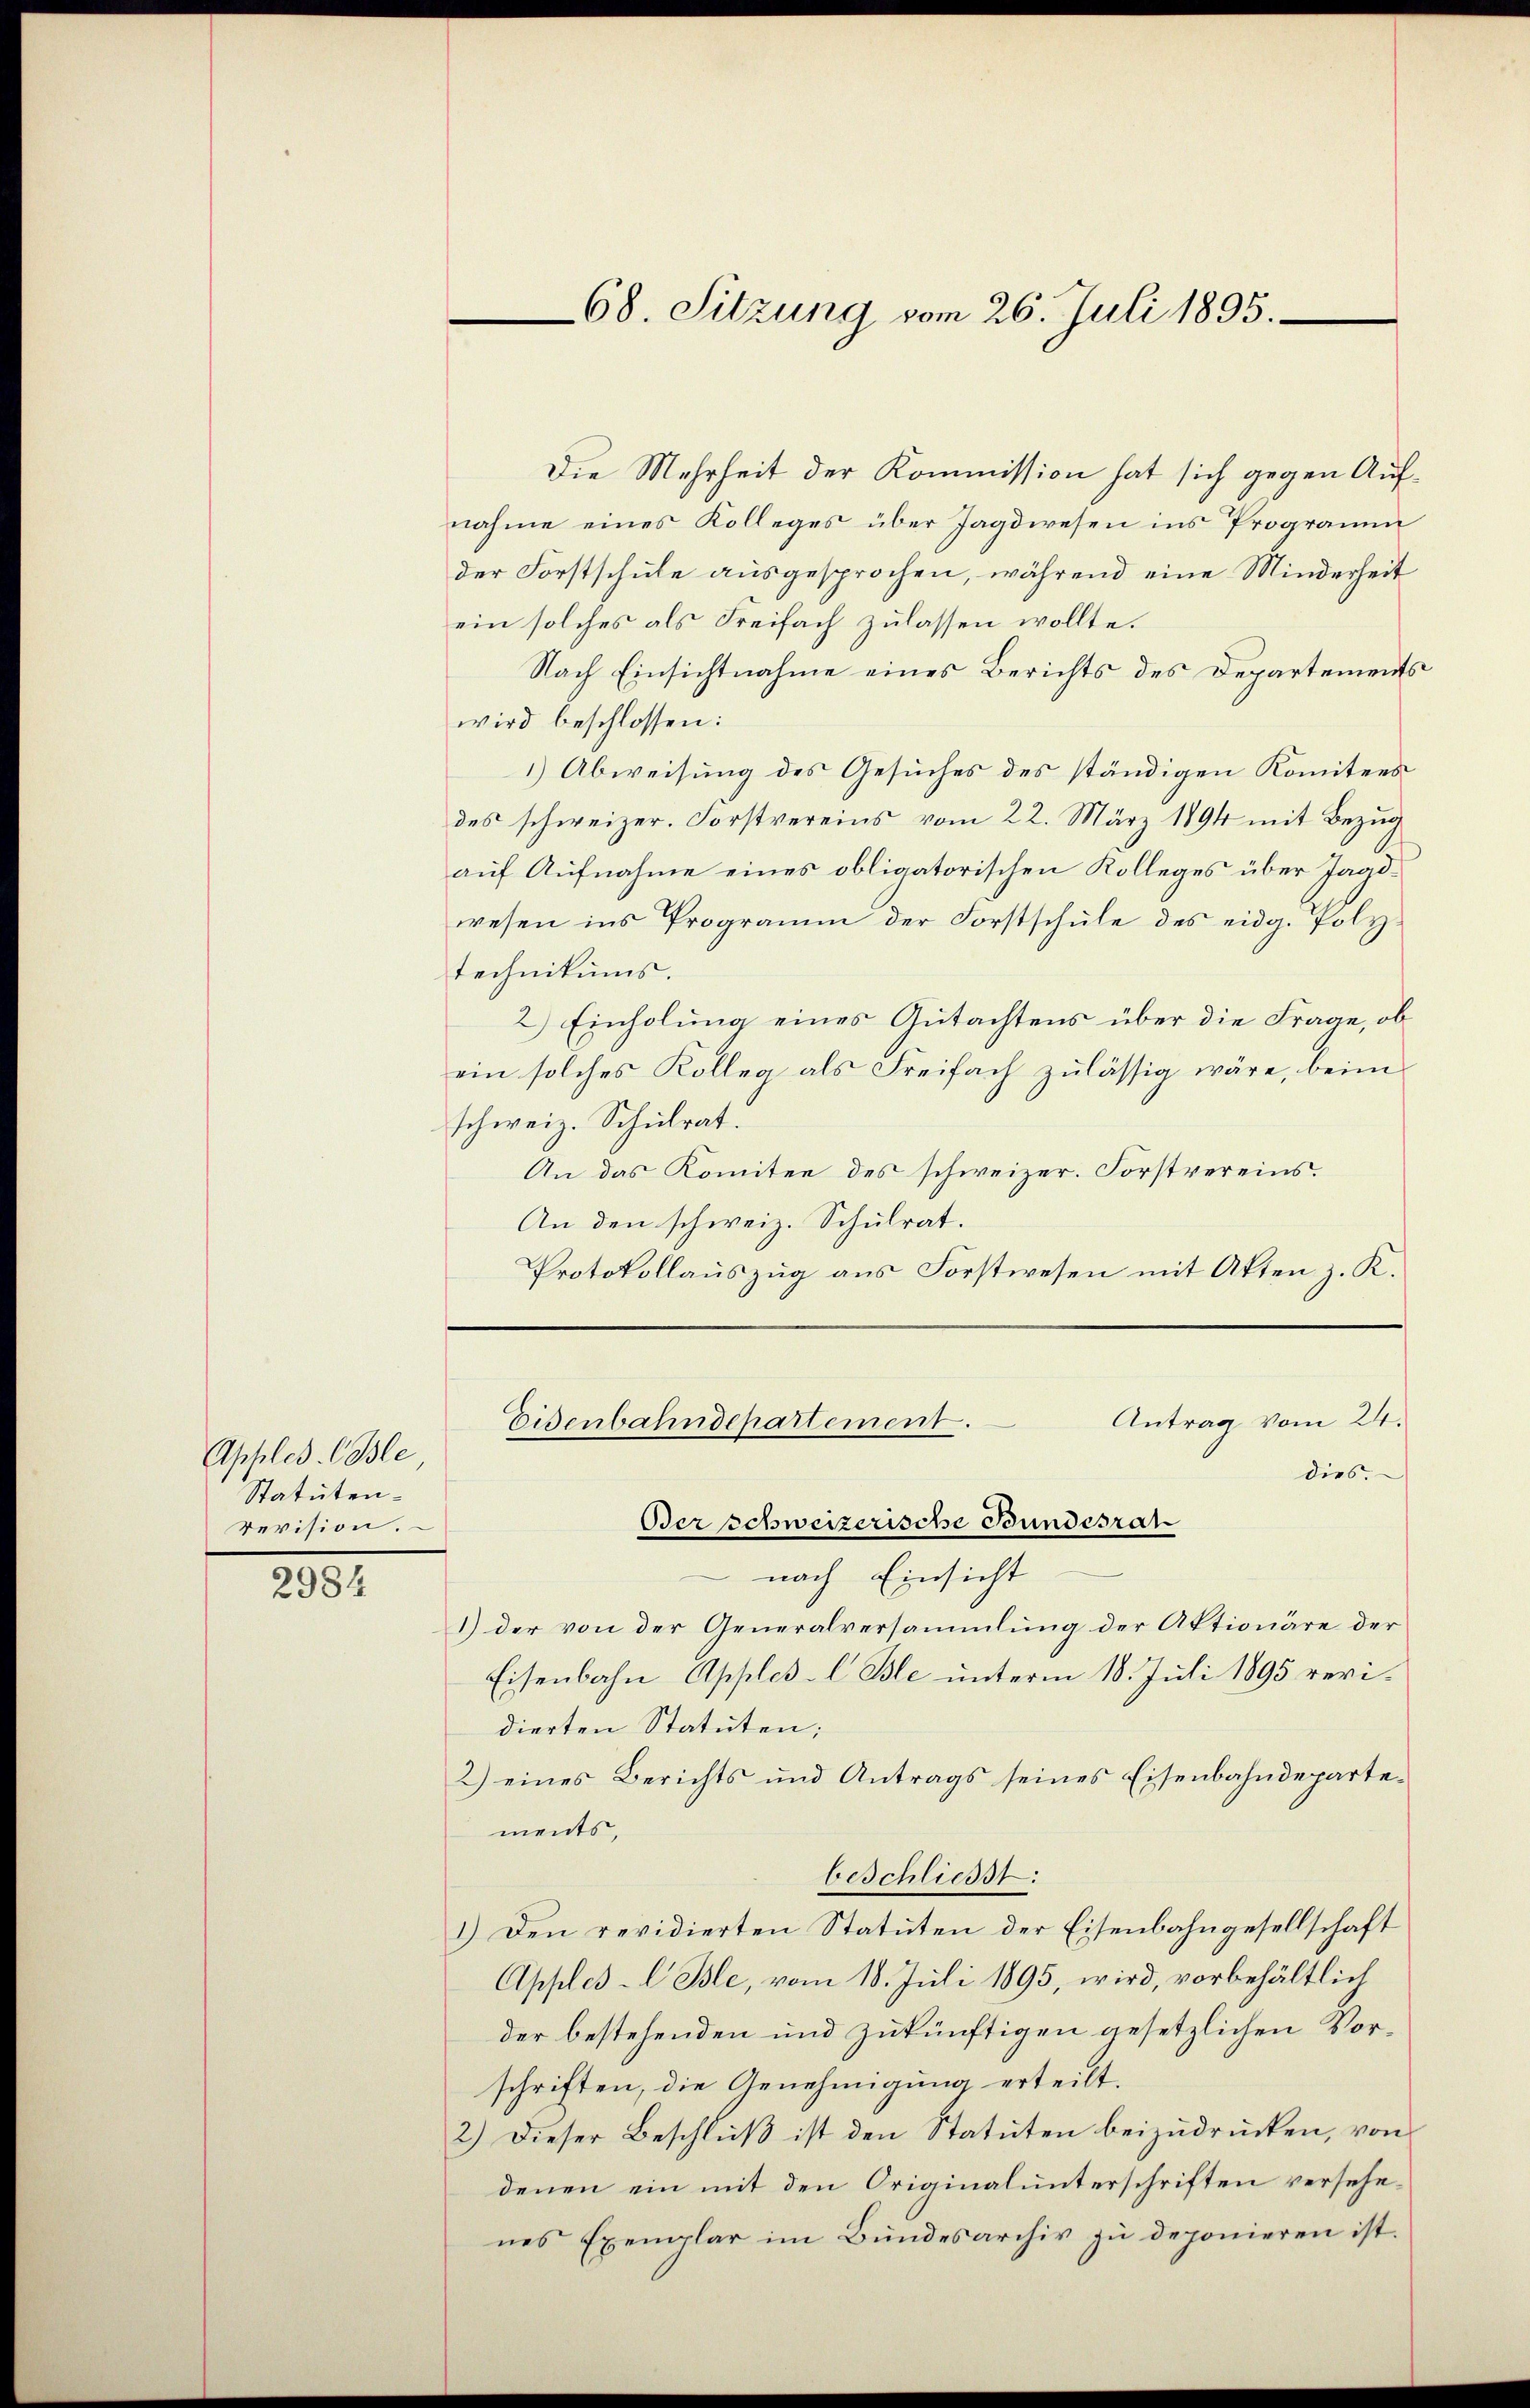
Apples. Ble
Statutenrevision.

2984

Die Mehrheit der Kommission hat sich gegen Aufnahme eines Kolleges über Jagdwesen ins Programm
der Forstschule ausgesprochen, während eine Minderheit
ein solches als Freifach zulassen wollte.
Nach Einsichtnahme eines Berichts des Departements
wird beschlossen:
1) Abweisung des Gesuches des ständigen Komitees
des schweizer. Forstvereins vom 22. März 1894 mit Bezug
auf Aufnahme eines obligatorischen Kolleges über Jagdwesen ins Programm der Forstschule des eidg. Polytechnikums.
2) Einholung eines Gutachtens über die Frage, ob
ein solches Kolleg als Freifach zulässig wäre, beim
schweiz. Schulrat.
An das Komitee des schweizer. Forstvereins.
An den schweiz. Schulrat.
Protokollauszug aus Forstwesen mit Akten z. K.

68. Sitzung vom 26. Juli 1895.

Bersschweizerische Bundesrat
nach Einsicht
1) der von der Generalversammlung der Aktionäre der
Eisenbahn Apples-l. Ble unterm 18. Juli 1895 veridierten Statuten;
2) eines Berichts und Antrags seines Eisenbahndeparte-
ments,
beschliesst:
1.) Den revidierten Statuten der Eisenbahngesellschaft
Apples-Ble, vom 18. Juli 1895, wird, vorbehältlich
der bestehenden und zukünftigen gesetzlichen Vorschriften, die Genehmigung erteilt.
2.) Dieser Beschluß ist den Statuten beizudrücken, von
denen ein mit den Originalunterschriften versehenes Exemplar im Bundesarchiv zu deponieren ist.

Antrag vom 24.
Eisenbahndepartement.
dies